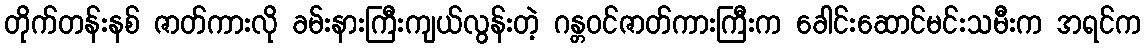
တိုက်တန်းနစ် ဇာတ်ကားလို ခမ်းနားကြီးကျယ်လွန်းတဲ့ ဂန္တဝင်ဇာတ်ကားကြီးက ခေါင်းဆောင်မင်းသမီးက အရင်က